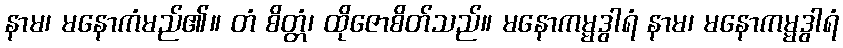
နာမ၊ မနောကံမည်၏။ တံ စိတ္တံ၊ ထိုဇောစိတ်သည်။ မနောကမ္မဒွါရံ နာမ၊ မနောကမ္မဒွါရံ